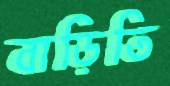
বাড়িতি